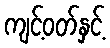
ကျင့်ဝတ်နှင့်